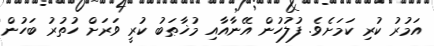
އަމުރު ކުރި ކަމަށެވެ. ފުލުހުން އޭނާއާއި މުޚާޠަބު ކުރީ ވަރަށް ހުތުރު ބަހުން